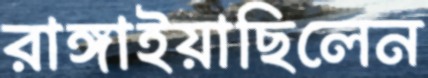
রাঙ্গাইয়াছিলেন